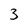
Character: 3